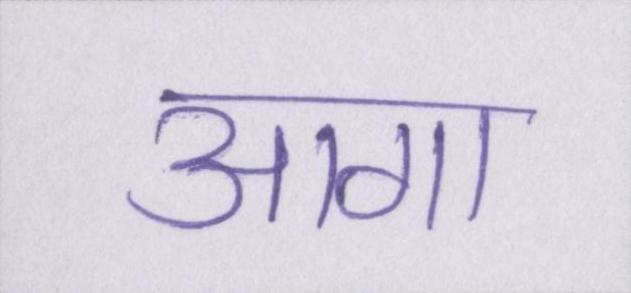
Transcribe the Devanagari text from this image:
आगा